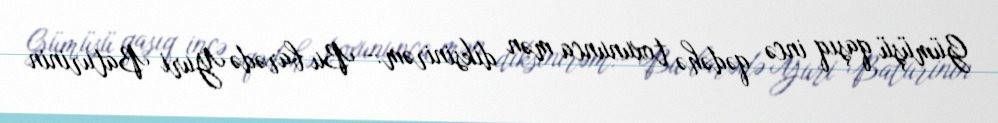
Gümüşü qaşıq incə qədəhə toxununca mən diksinirəm:- Bu barədə Yuri Baturinin